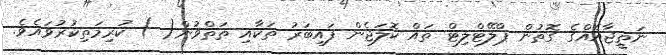
ނަތީޖާއެއްގެ ގޮތުން ޕްލޭޓްލިޓް ތައް ކޮލަޖެން ފައިބަރު ތަކާއި ތަތްވުން( ) ކުރިމަތިކުރުވައެވެ.